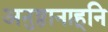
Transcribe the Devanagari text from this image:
अनुष्ठानाहूनि